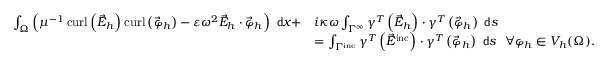
\begin{array} { r l } { \int _ { \Omega } \left( \mu ^ { - 1 } \operatorname { c u r l } \left( \vec { E } _ { h } \right) \operatorname { c u r l } \left( \vec { \varphi } _ { h } \right) - \varepsilon \omega ^ { 2 } \vec { E } _ { h } \cdot \vec { \varphi } _ { h } \right) ~ \mathsf { d } x + } & { i \kappa \omega \int _ { \Gamma ^ { \infty } } \gamma ^ { T } \left( \vec { E } _ { h } \right) \cdot \gamma ^ { T } \left( \vec { \varphi } _ { h } \right) ~ \mathsf { d } s } \\ & { = \int _ { \Gamma ^ { \mathrm { i n c } } } \gamma ^ { T } \left( \vec { E } ^ { \mathrm { i n c } } \right) \cdot \gamma ^ { T } \left( \vec { \varphi } _ { h } \right) ~ \mathsf { d } s ~ ~ \forall \varphi _ { h } \in V _ { h } ( \Omega ) . } \end{array}